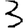
Digit: 3